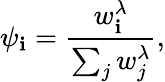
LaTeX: \psi_{\mathbf{i}}=\frac{{w_{\mathbf{i}}^{\lambda}}}{{\sum_{j}w_{j}^{\lambda}}},